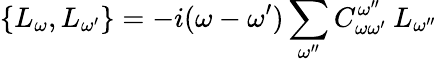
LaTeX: \{ L_{\omega},L_{\omega^{\prime}}\} =-i(\omega-\omega^{\prime})\sum_{\omega^{\prime\prime}}C_{\omega\omega^{\prime}}^{\omega^{\prime\prime}}\: L_{\omega^{\prime\prime}}